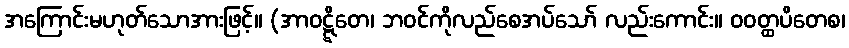
အကြောင်းမဟုတ်သောအားဖြင့်။ (အာဝဋ္ဋိတေ၊ ဘဝင်ကိုလည်စေအပ်သော် လည်းကောင်း။ ဝဝတ္ထပိတေစ၊